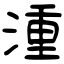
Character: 湩